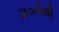
ઝડપીથી